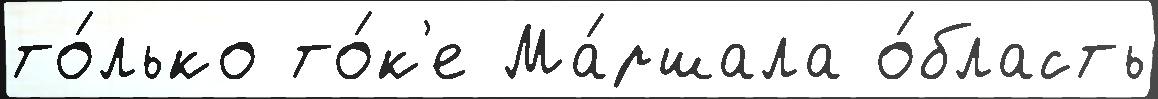
то́лько то́к'е Ма́ршала о́бласть